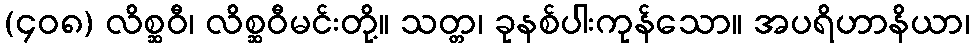
(၄၀၈) လိစ္ဆဝီ၊ လိစ္ဆဝီမင်းတို့။ သတ္တ၊ ခုနစ်ပါးကုန်သော။ အပရိဟာနိယာ၊